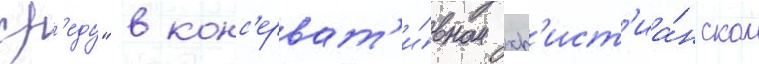
ср'еду" в конс'ерват'и́вном хр'ист'иа́нском